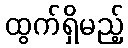
ထွက်ရှိမည့်